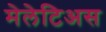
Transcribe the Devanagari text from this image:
मेलेटिअस